341_110677_Numerical_File,_5-2500
Agency: Department of War
Incident date: 10/14/55
Incident location: Azerbaijan
Page 5
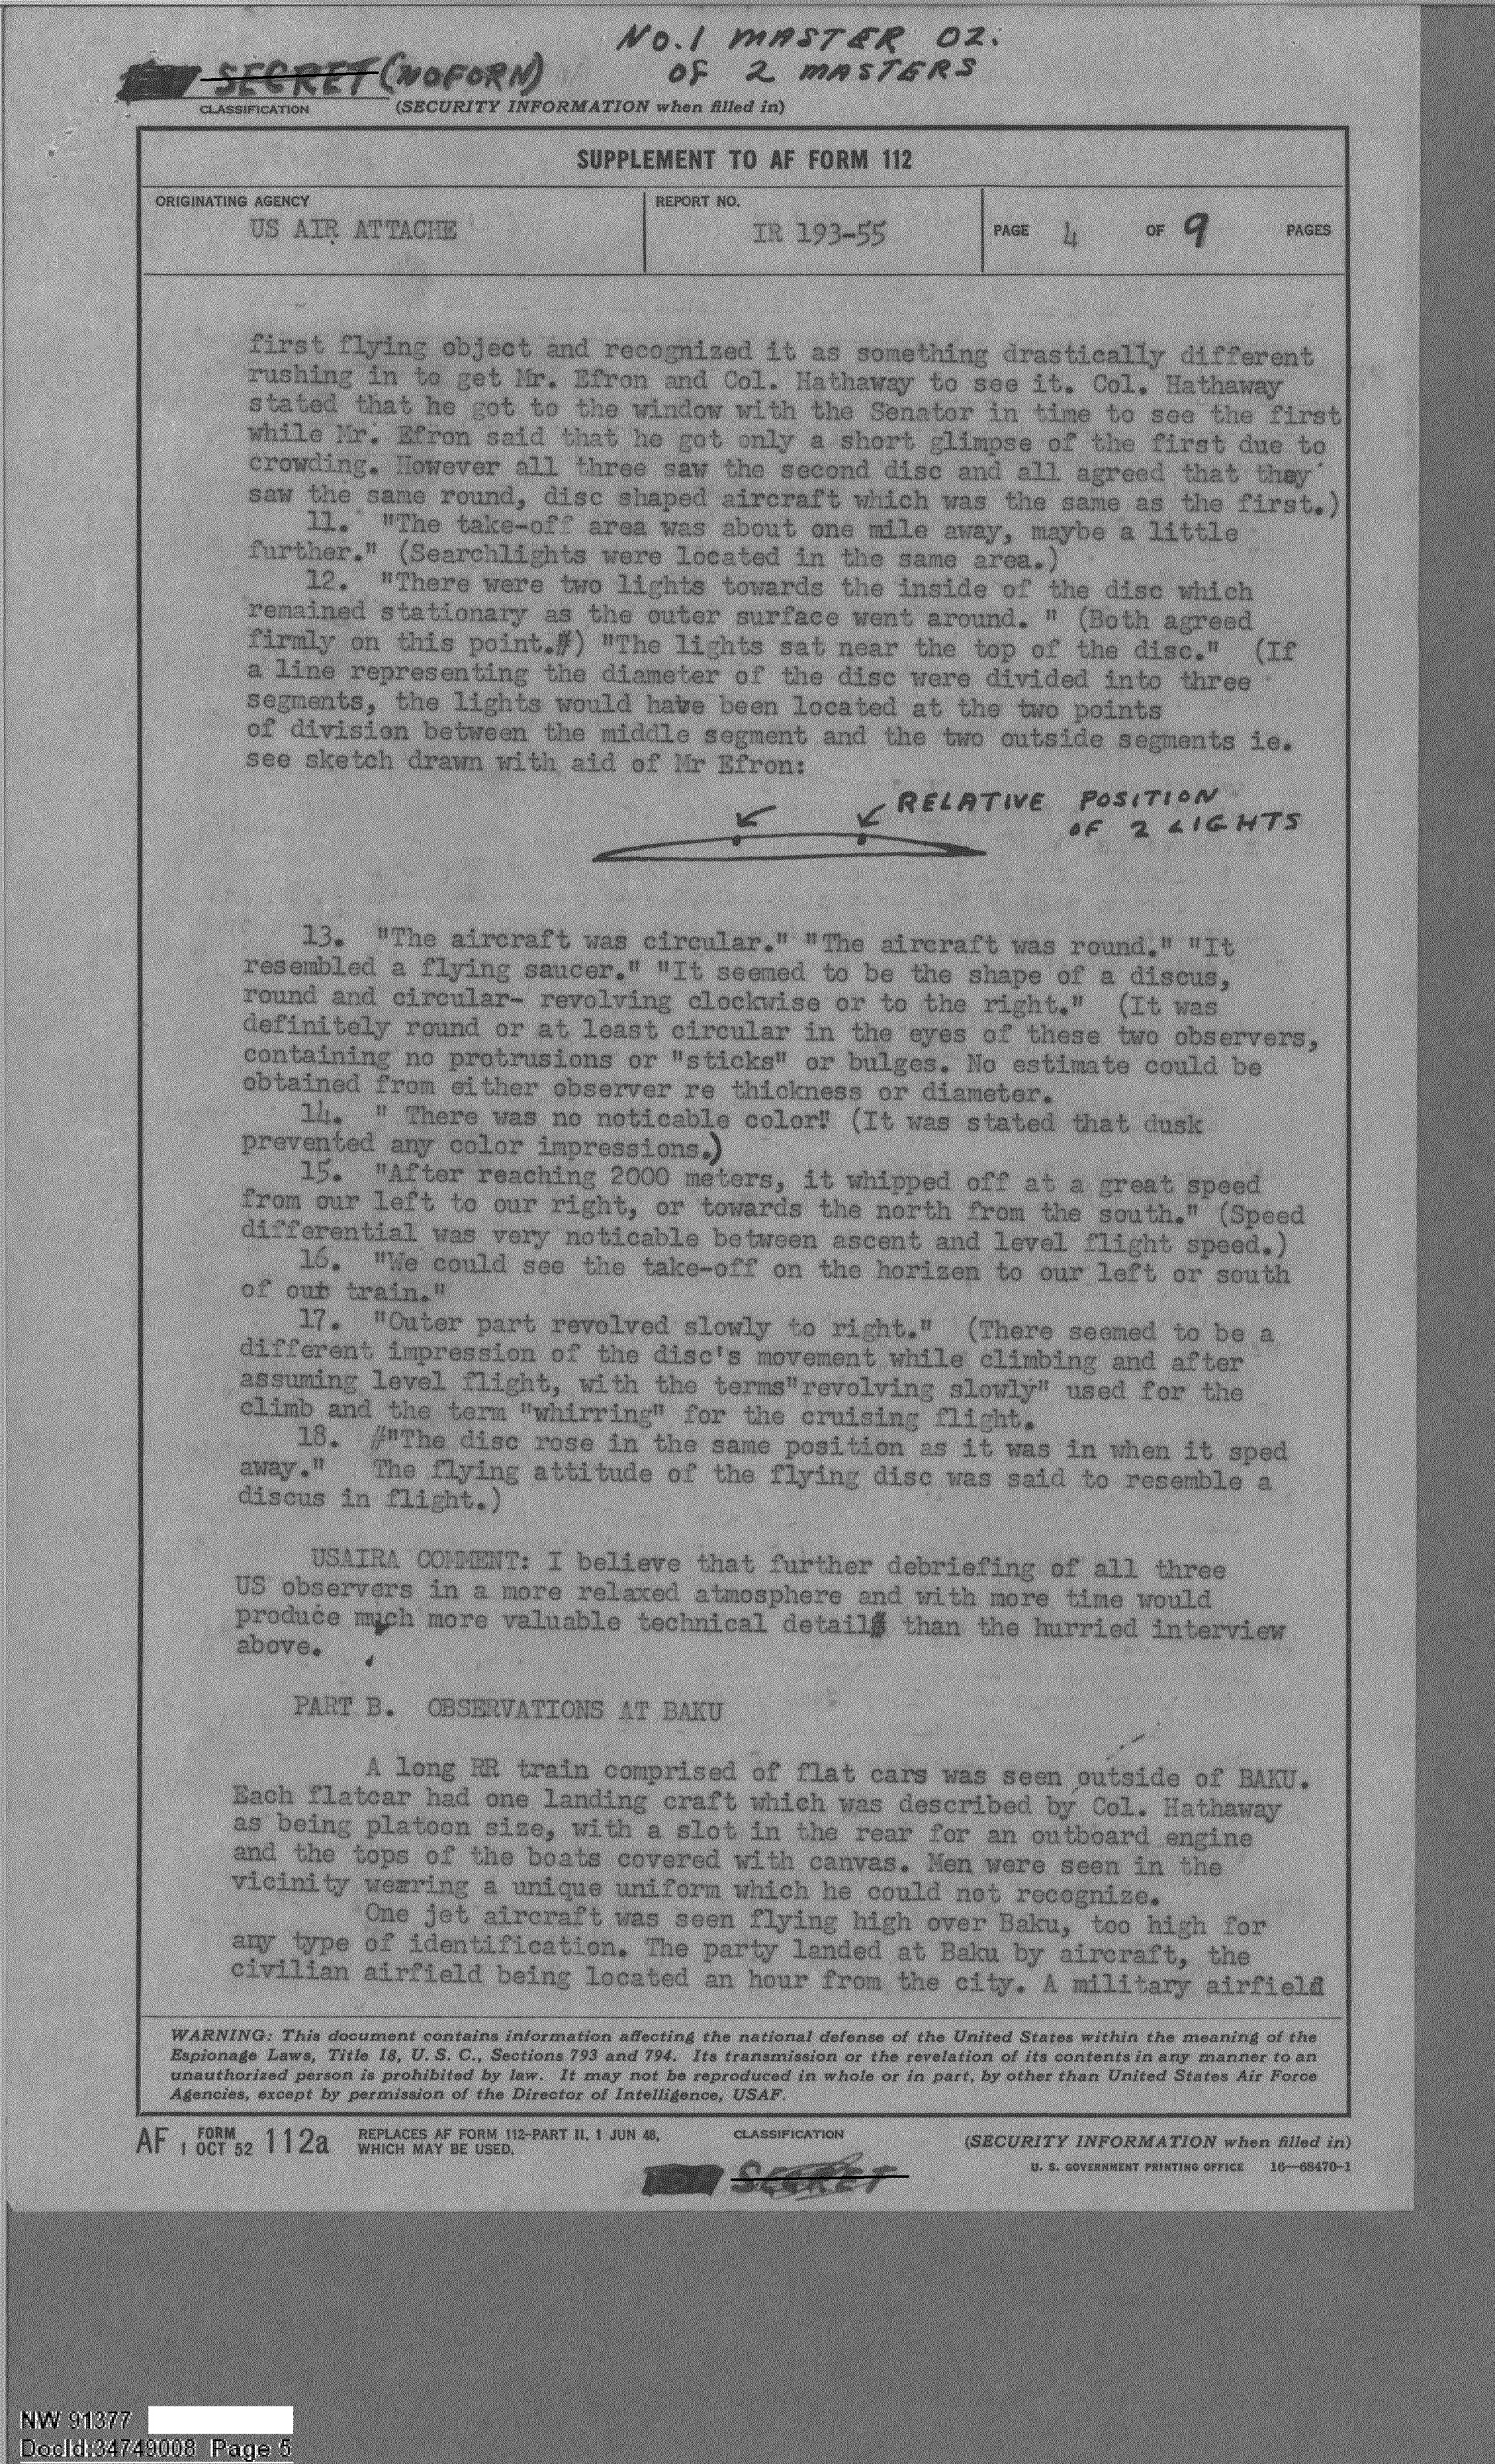